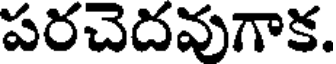
పరచెదవుగాక.